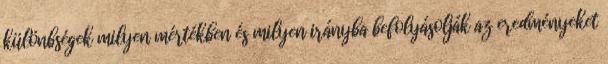
különbségek milyen mértékben és milyen irányba befolyásolják az eredményeket